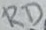
Text: RD